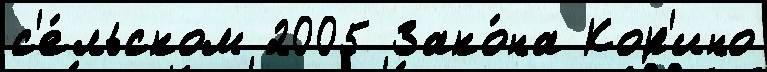
с'е́льском 2005 Зако́на Кор'ино